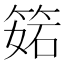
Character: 𥯉